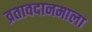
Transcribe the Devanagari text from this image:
व्रतावदानमाला